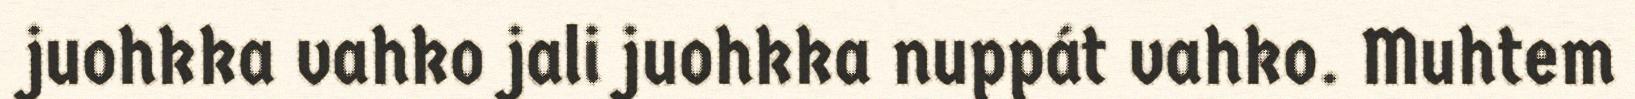
juohkka vahko jali juohkka nuppát vahko. Muhtem